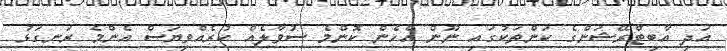
އަދި އާބިޓްރޭޝަންގެ ކަންތަކުގައި ނޫން އެހެން ކޮންމެ ސުވާލެއް ކުރެއްވިޔަސް އެންމެ ރަނގަޅު